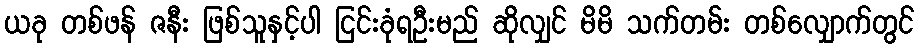
ယခု တစ်ဖန် ဇနီး ဖြစ်သူနှင့်ပါ ငြင်းခုံရဦးမည် ဆိုလျှင် မိမိ သက်တမ်း တစ်လျှောက်တွင်